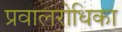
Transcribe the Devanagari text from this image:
प्रवालरोधिका